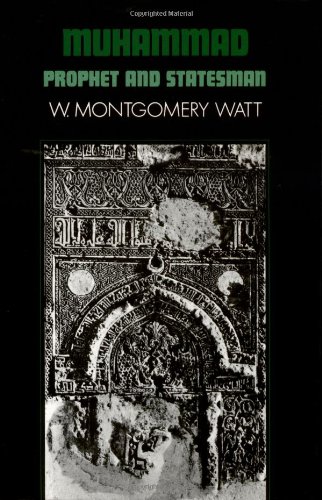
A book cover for Muhammad: Prophet and Statesman (Galaxy Book, 409); W. Montgomery Watt; Religion & Spirituality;